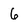
Character: 6